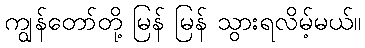
ကျွန်တော်တို့ မြန် မြန် သွားရလိမ့်မယ်။